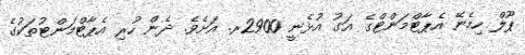
ޕޫލް ހިމެނޭ އެޕާޓްމަންޓްގެ އަގު އުޅެނީ 2900ރ. އަށެވެ. ދެން ހުރި އެޕާޓްމަންޓުތަކުގެ